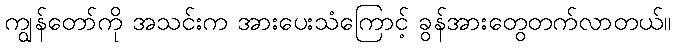
ကျွန်တော်ကို အသင်းက အားပေးသံကြောင့် ခွန်အားတွေတက်လာတယ်။